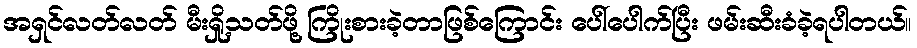
အရှင်လတ်လတ် မီးရှို့သတ်ဖို့ ကြိုးစားခဲ့တာဖြစ်ကြောင်း ပေါ်ပေါက်ပြီး ဖမ်းဆီးခံခဲ့ရပါတယ်။